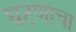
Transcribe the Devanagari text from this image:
घटणांचा